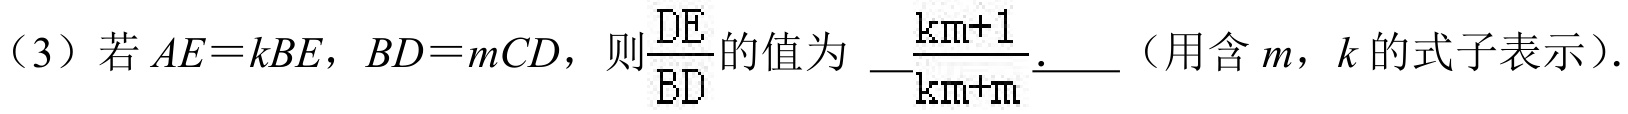
（3）若\(AE = kBE\)，\(BD = mCD\)，则\(\frac{DE}{AD}\)的值为  \underline{\(\frac{km + 1}{km + m}\)}（用含\(m\)，\(k\)的式子表示）.